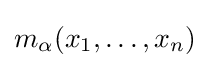
m_{\alpha }(x_{1},\ldots ,x_{n})